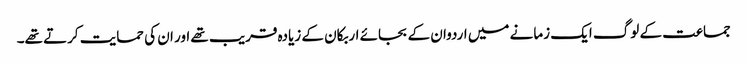
جماعت کے لوگ ایک زمانے میں اردوان کے بجائے اربکان کے زیادہ قریب تھے اور ان کی حمایت کرتے تھے۔